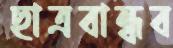
ছাত্রবান্ধব